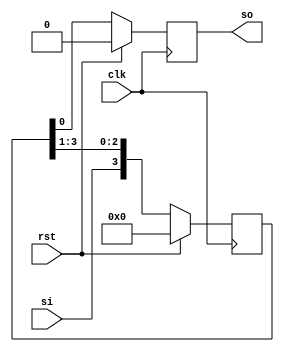
`timescale 1ns / 1ps
//////////////////////////////////////////////////////////////////////////////////
// Company: 
// Engineer: 
// 
// Design Name: 
// Module Name: siso
// Project Name: 
// Target Devices: 
// Tool Versions: 
// Description: 
// 
// Dependencies: 
// 
// Revision:
// Revision 0.01 - File Created
// Additional Comments:
// 
//////////////////////////////////////////////////////////////////////////////////


module siso(clk,rst,si,so);
input clk,rst,si;
output reg so;
reg [3:0]temp;
always @(posedge clk)
begin
    if (rst)
    begin
        temp <= 4'b0000;
        so <= 0;
        end
    else begin
        temp <= {si,temp[3:1]};
        so <= temp[0];
        end   
end
endmodule